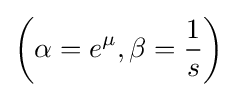
\left(\alpha =e^{\mu },\beta ={\frac {1}{s}}\right)